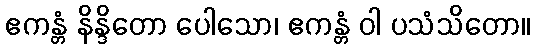
ဧကန္တံ နိန္ဒိတော ပေါသော၊ ဧကန္တံ ဝါ ပသံသိတော။